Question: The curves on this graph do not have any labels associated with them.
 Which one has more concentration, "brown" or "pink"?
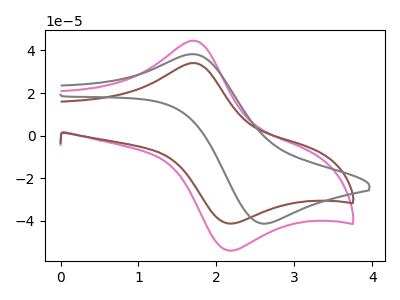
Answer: <think>The pink curve "pink" has an anodic peak at (1.70V, 44.60uA) and a cathodic peak at (2.15V, -53.80uA). The brown curve "brown" has an anodic peak at (1.70V, 34.10uA) and a cathodic peak at (2.15V, -41.15uA). The gray curve "gray" has an anodic peak at (1.75V, 38.20uA) and a cathodic peak at (2.60V, -41.30uA).
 All the peaks in "brown" have a peak in "pink" at the same potential. Every peak in "brown" is lower than every peak in "pink".</think>
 <answer>"brown" has less signal than "pink" and so likely has a lower concentration.</answer>
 <eval>less_concentration</eval>